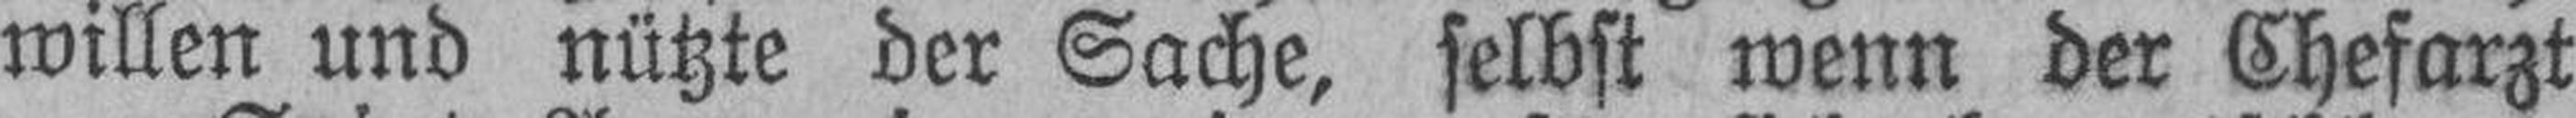
willen und nützte der Sache, selbst wenn der Chefarzt